Senior Leaving Certificate Examination (including Day School Certificate (Higher) General paper), 1950
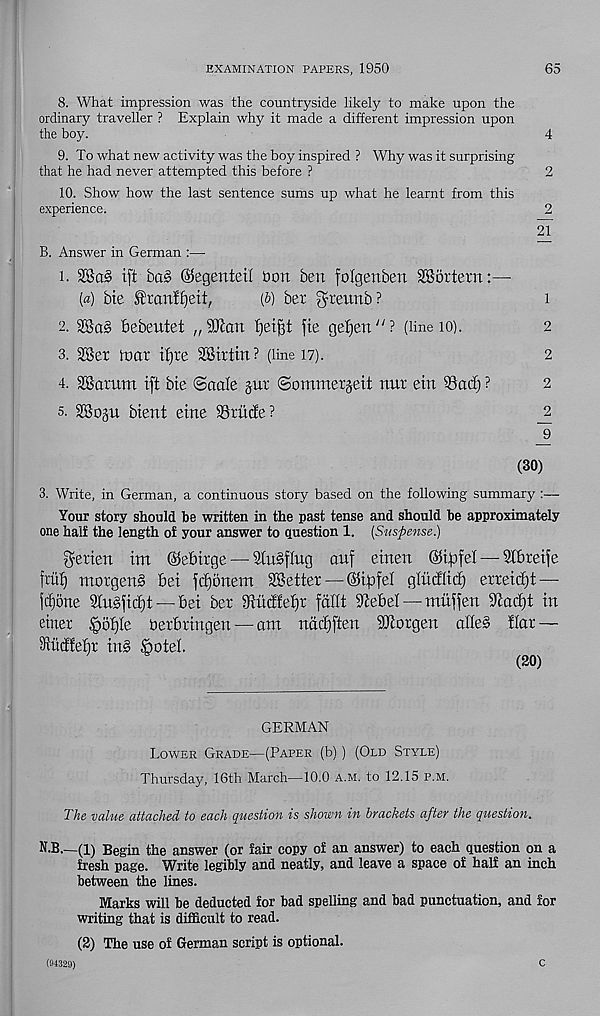
EXAMINATION PAPERS, 1950
65
8. What impression was the countryside likely to make upon the
ordinary traveller ? Explain why it made a different impression upon
the boy.
4
9. To what new activity was the boy inspired ? Why was it surprising
that he had never attempted this before ?
2
10. Show how the last sentence sums up what he learnt from this
experience.
2
21
B. Answer in German :—
i. 28ct§ ift bct§ ©egenteil bon ben folgenben SSortern:—
[a) bte ®ran!£)eit,
(6) bet gteunb ?
i
2.
bebeutet „3ftan fjetfit fie geijen"? (line 10).
2
3. 2Ber to at ifjte SSittin? (line 17).
2
4. SSatum ift bie (Saale gut ©ommetgeit nut ein 53act) ?
2
s. SSogu bient eine SStMe?
_2
9
(30)
3. Write, in German, a continuous story based on the following summary :—
Your story should be written in the past tense and should be approximately
one half the length of your answer to question 1. (Suspense.)
$etien im (Sfebitge — Stuffing auf einen ©ipfel — 5tbteife
fttif) ntotgenS bei fcEjonem ^Better — (bipfel gliidlit^ etreid)t —
icfjone 2Iubfid)t — bei bet 9iuc!fet)t fallt 9cebel — muffen 9bacl)t in
einet §ot)(e oetbtingen — ant nddiften SJlotgen alle§> flat —
9tucftef)t in§> feotel
GERMAN
Lower Grade—(Paper (b)) (Old Style)
Thursday, 16th March—10.0 a.m. to 12.15 p.m.
The value attached to each question is shown in brackets after the question.
N.B.—(l) Begin the answer (or fair copy of an answer) to each question on a
fresh page. Write legibly and neatly, and leave a space of half an inch
between the lines.
Marks will be deducted for bad spelling and bad punctuation, and for
writing that is difficult to read.
(2) The use of German script is optional.
(84329)
C